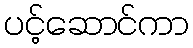
ပင့်ဆောင်ကာ